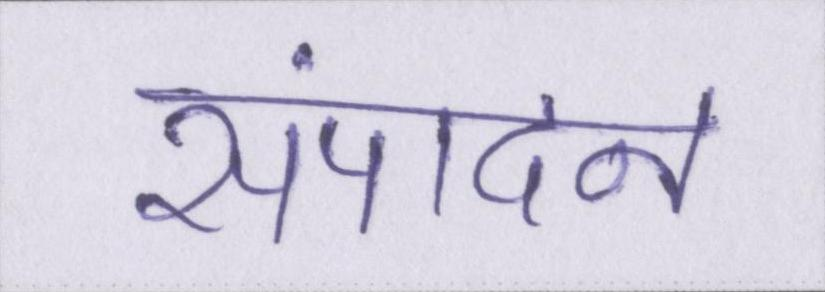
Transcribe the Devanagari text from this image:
संपादन